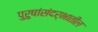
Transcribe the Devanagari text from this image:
पुरुषांसंदर्भातील